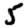
Digit: 5